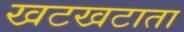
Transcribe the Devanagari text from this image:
खटखटाता